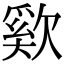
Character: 㰿